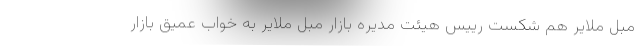
مبل ملایر هم شکست رییس هیئت مدیره بازار مبل ملایر به خواب عمیق بازار